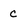
Character: c